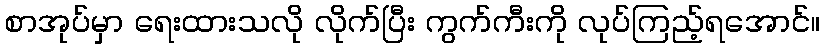
စာအုပ်မှာ ရေးထားသလို လိုက်ပြီး ကွက်ကီးကို လုပ်ကြည့်ရအောင်။